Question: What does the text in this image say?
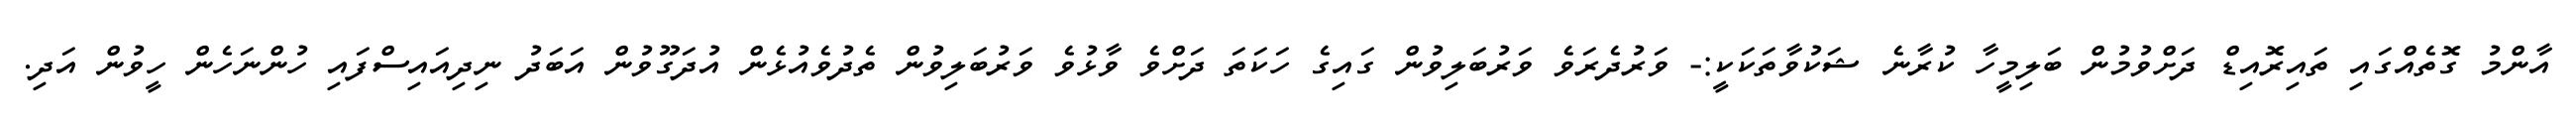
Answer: އާންމު ގޮތެއްގައި ތައިރޮއިޑް ދަށްވުމުން ބަލިމީހާ ކުރާނެ ޝަކުވާތަކަކީ:- ވަރުދެރަވެ ވަރުބަލިވުން ގައިގެ ހަކަތަ ދަށްވެ ވާޅުވެ ވަރުބަލިވުން ތެދުވެއުޅެން އުދަގޫވުން އަބަދު ނިދިއައިސްފައި ހުންނަހެން ހީވުން އަދި.